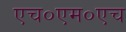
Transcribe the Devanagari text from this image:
एच०एम०एच